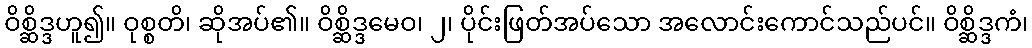
ဝိစ္ဆိဒ္ဒဟူ၍။ ဝုစ္စတိ၊ ဆိုအပ်၏။ ဝိစ္ဆိဒ္ဒမေဝ၊ ၂၊ ပိုင်းဖြတ်အပ်သော အလောင်းကောင်သည်ပင်။ ဝိစ္ဆိဒ္ဒကံ၊